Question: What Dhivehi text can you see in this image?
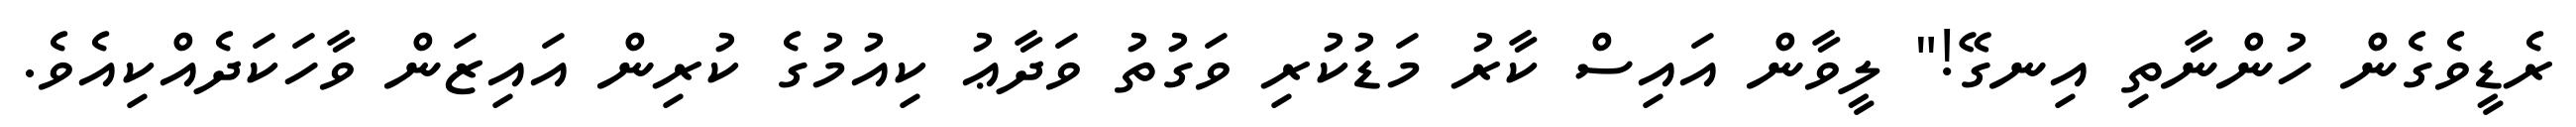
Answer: ރެޑީވެގެން ހުންނާތި އިނގޭ!" ލީވާން އައިސް ކާރު މަޑުކުރި ވަގުތު ވަދާޢު ކިއުމުގެ ކުރިން އައިޒަން ވާހަކަދެއްކިއެވެ.